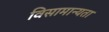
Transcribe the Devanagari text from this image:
विसामान्यता